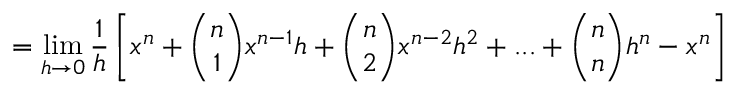
= \operatorname* { l i m } _ { h \to 0 } { \frac { 1 } { h } } \left[ x ^ { n } + { \binom { n } { 1 } } x ^ { n - 1 } h + { \binom { n } { 2 } } x ^ { n - 2 } h ^ { 2 } + . . . + { \binom { n } { n } } h ^ { n } - x ^ { n } \right]